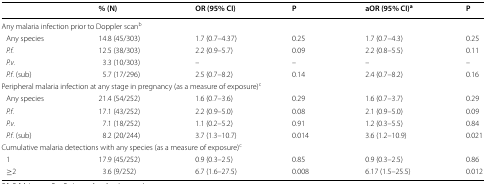
|  | % (N) | OR (95% CI) | P | aOR (95% CI)a | P |
 | --- | --- | --- | --- | --- | --- |
 | <COLSPAN=6> Any malaria infection prior to Doppler scanb |
 | Any species | 14.8 (45/303) | 1.7 (0.7–4.37) | 0.25 | 1.7 (0.7–4.3) | 0.25 |
 | P.f. | 12.5 (38/303) | 2.2 (0.9–5.7) | 0.09 | 2.2 (0.8–5.5) | 0.11 |
 | P.v. | 3.3 (10/303) | – | – | – | – |
 | P.f. (sub) | 5.7 (17/296) | 2.5 (0.7–8.2) | 0.14 | 2.4 (0.7–8.2) | 0.16 |
 | <COLSPAN=6> Peripheral malaria infection at any stage in pregnancy (as a measure of exposure)c |
 | Any species | 21.4 (54/252) | 1.6 (0.7–3.6) | 0.29 | 1.6 (0.7–3.7) | 0.29 |
 | P.f. | 17.1 (43/252) | 2.2 (0.9–5.0) | 0.08 | 2.1 (0.9–5.0) | 0.09 |
 | P.v. | 7.1 (18/252) | 1.1 (0.2–5.2) | 0.91 | 1.2 (0.3–5.5) | 0.84 |
 | P.f. (sub) | 8.2 (20/244) | 3.7 (1.3–10.7) | 0.014 | 3.6 (1.2–10.9) | 0.021 |
 | <COLSPAN=6> Cumulative malaria detections with any species (as a measure of exposure)c |
 | 1 | 17.9 (45/252) | 0.9 (0.3–2.5) | 0.85 | 0.9 (0.3–2.5) | 0.86 |
 | ≥2 | 3.6 (9/252) | 6.7 (1.6–27.5) | 0.008 | 6.17 (1.5–25.5) | 0.012 |